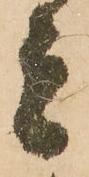
者